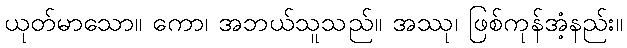
ယုတ်မာသော။ ကော၊ အဘယ်သူသည်။ အဿု၊ ဖြစ်ကုန်အံ့နည်း။